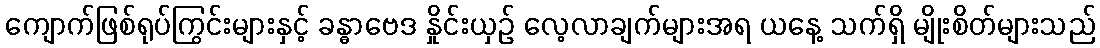
ကျောက်ဖြစ်ရုပ်ကြွင်းများနှင့် ခန္ဓာဗေဒ နှိုင်းယှဉ် လေ့လာချက်များအရ ယနေ့ သက်ရှိ မျိုးစိတ်များသည်